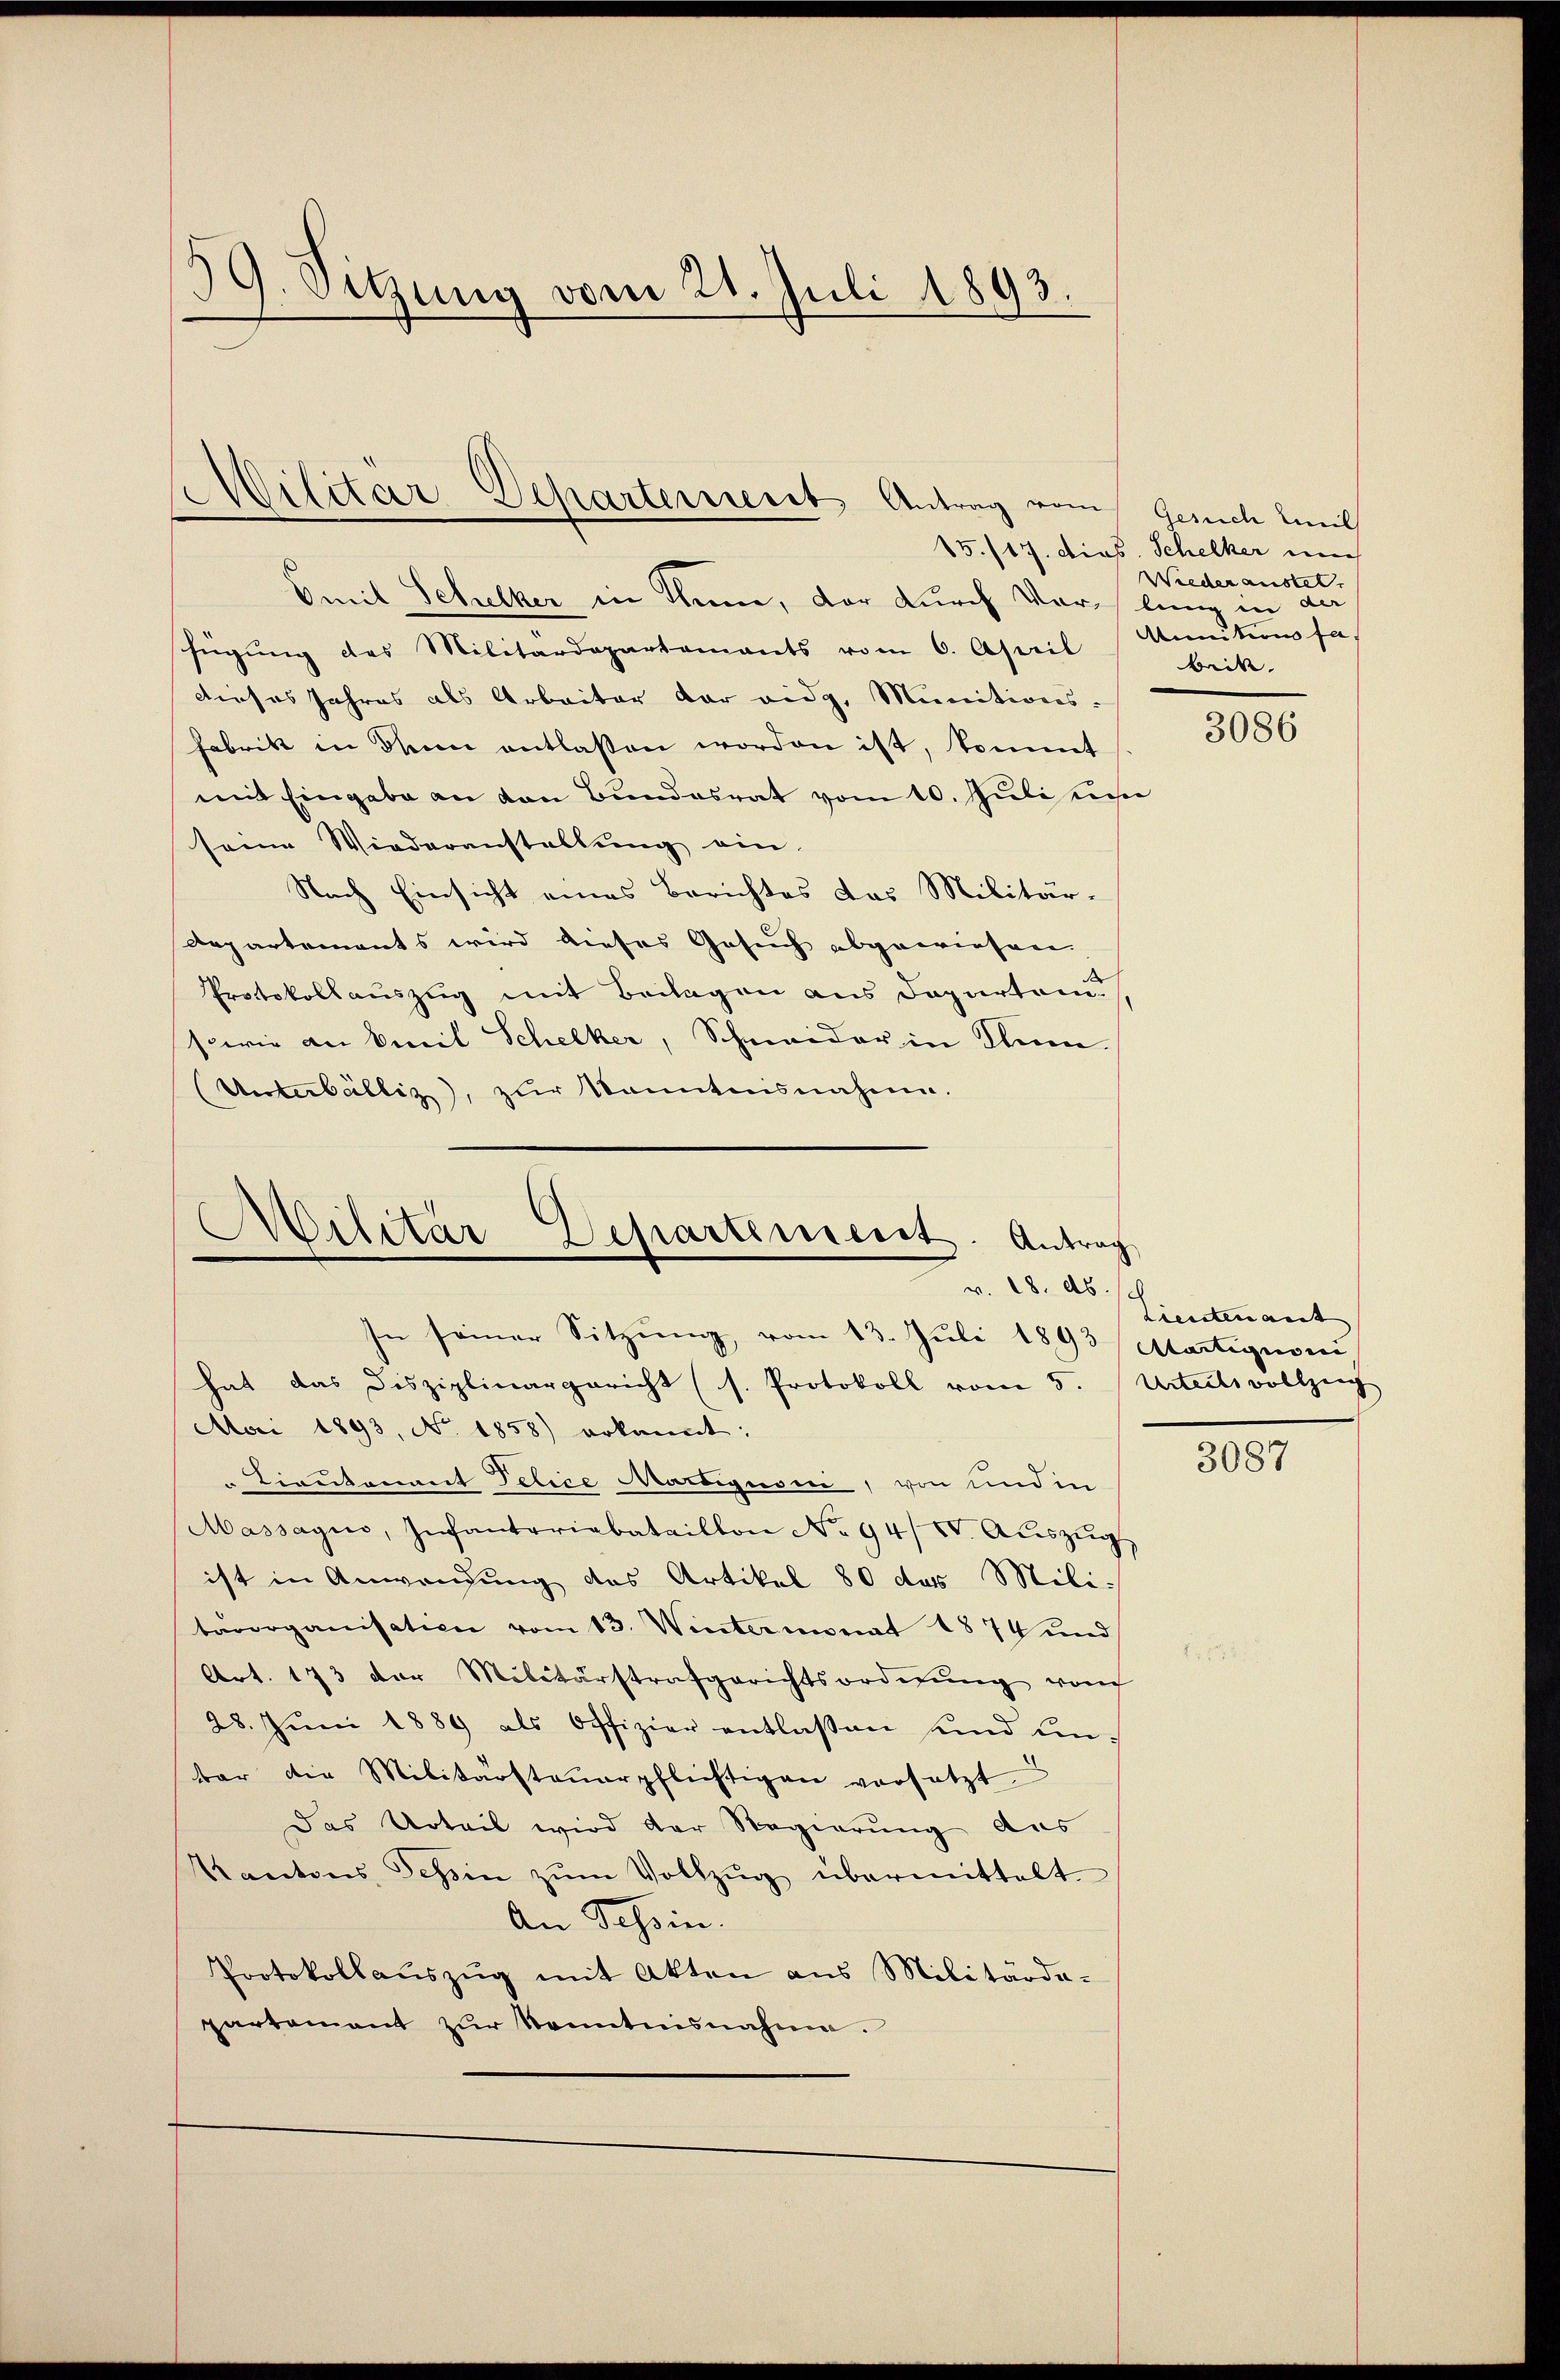
39. Sitzung vom 21. Juli 1893.

silitar Departerniert Antrag vom Gesuch mil

Smit Schelker in Thiene, der durch Vorlang in der
fügŭng des Militärdepartamants vom 6. April
dieses Jahres als Arbeiter der eidg, Munitions-
Fabrik in Thun entlassen worden ist, kommt
mit Eingabe an von Bundesrat vom 10. Juli eine
seine Wiederanstellung ein.
Nach Einsicht eines Berichtes das Militär-
Aepartements wird dieses Gesuch abgewiesen.
Protokollauszug mit Beilagen aus Departenu
sowie an Seit Schelker, Schmeider in Thun.
(Unterbällig, zur Kenntnisnahme.

.
Wilitär-Departement. Antrag
v. 18. ds.
In seiner Sitzung, vom 13. Juli 1893 Martigieren,
hat das Disziplinargericht (s. Protokoll vom 5. Urteilsvollzeich

Mai 1893, No. 1858) erkannt:
Tieukommt Telice Martignon, von und in
Massagio, Infanteriabataillon No 94/ IV. Aŭszŭg
ist in Anwendung des Artikel 80 das Mili-
tärorganisation vom 13. Wintermonat 1874 und
Art. 173 der Militärstrafgerichtsordnŭng von
28. Juni 1889 als Offizier entlassen und unbar die Militärsteŭerpflichtigen versetzt
Das Urteil wird der Regierung aus
Kantons Tessin zŭm Vollzŭg übermittelt.
An Tessin.
Protokollaŭszŭg mit Akten aus Militärda-
partement zŭr Kenntnisnahme.

15./17. dies. Schelker un
Wieder ausset.
Manten ha
brik.

3086

Lieutenant

3087